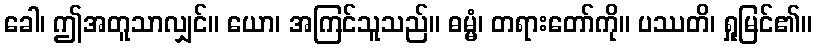
ခေါ၊ ဤအတူသာလျှင်။ ယော၊ အကြင်သူသည်။ ဓမ္မံ၊ တရားတော်ကို။ ပဿတိ၊ ရှုမြင်၏။